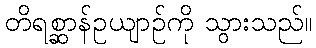
တိရစ္ဆာန်ဥယျာဉ်ကို သွားသည်။